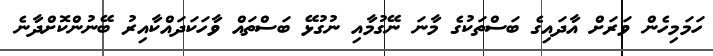
ހަމަމިހެން ވަރަށް އާދައިގެ ބަސްތަކުގެ މާނަ ނޭގުމާއި ނުގުޅޭ ބަސްތައް ވާހަކަދައްކާއިރު ބޭނުންކޮށްދާނެ